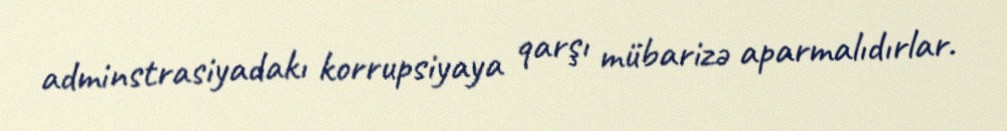
adminstrasiyadakı korrupsiyaya qarşı mübarizə aparmalıdırlar.